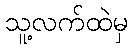
သူ့လက်ထဲမှ